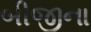
બીજીના